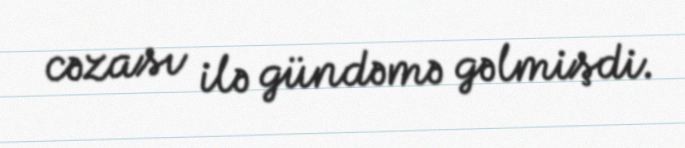
cəzası ilə gündəmə gəlmişdi.